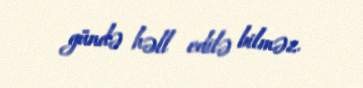
gündə həll edilə bilməz.